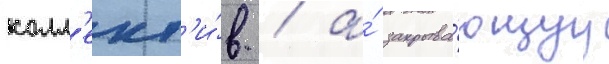
колл'ект'и́в / а́ закрыва́ющуу